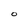
Character: 0